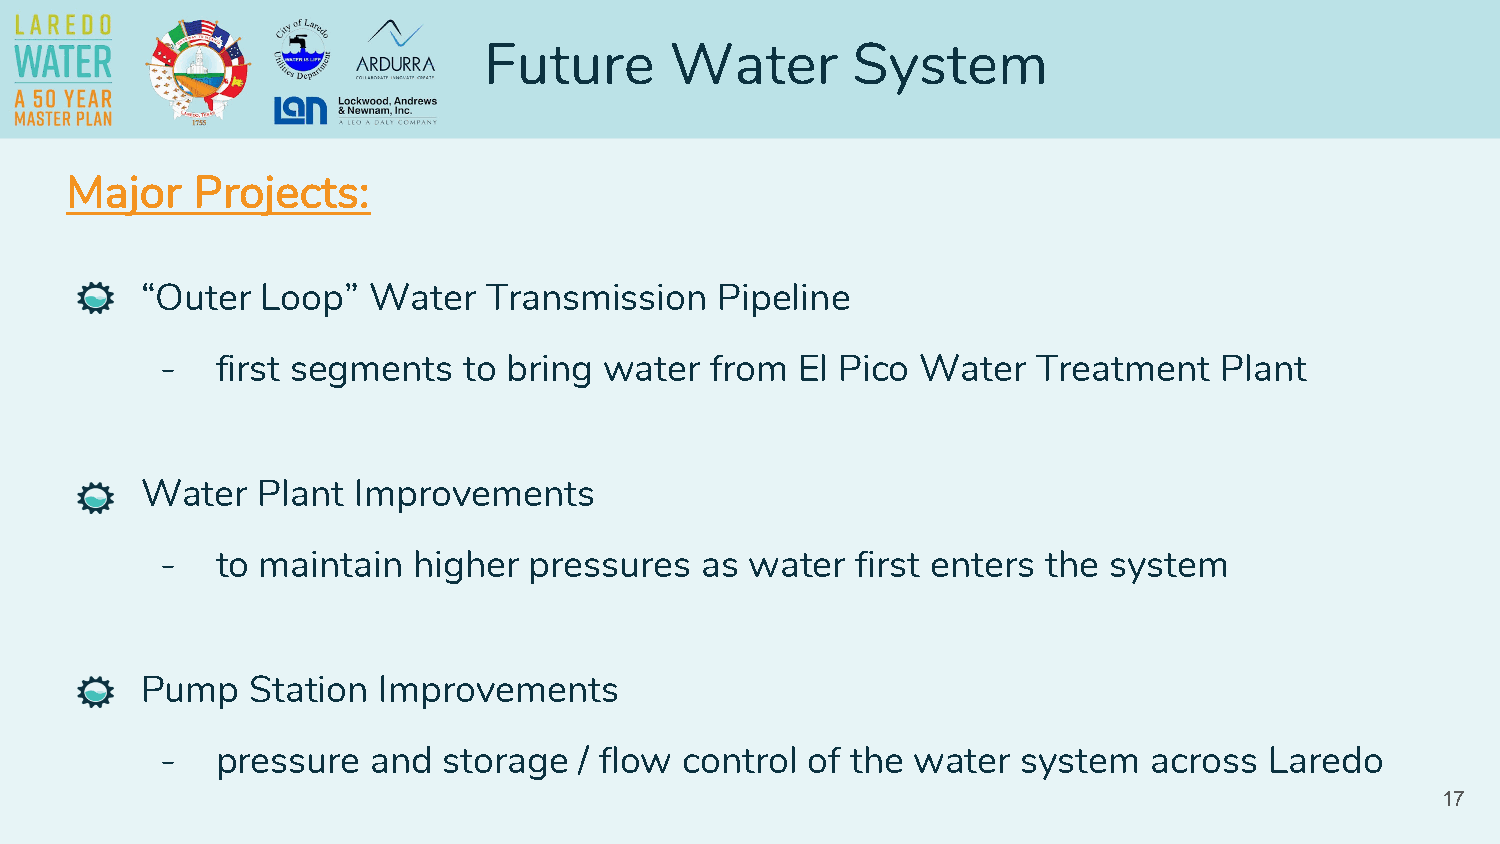
Future      Water       System
 Major    Projects:
 “Outer  Loop”  Water   Transmission    Pipeline
 -  first segments   to bring water  from  El Pico Water   Treatment   Plant
 Water   Plant Improvements
 -  to maintain  higher  pressures  as  water  first enters the system
 Pump    Station Improvements
 -  pressure   and storage  / flow control of the  water  system  across  Laredo
 17